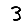
Digit: 3